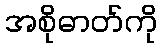
အစိုဓာတ်ကို